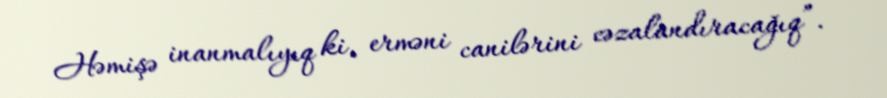
Həmişə inanmalıyıq ki, erməni canilərini cəzalandıracağıq”.